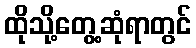
ထိုသို့တွေ့ဆုံရာတွင်